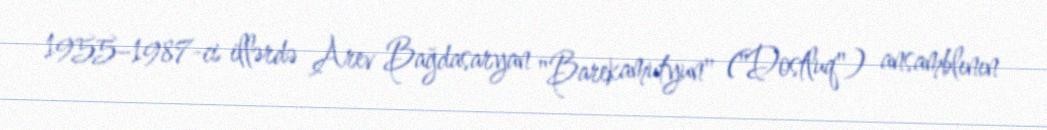
1955–1987-ci illərdə Arev Bağdasaryan "Barekamutyun" ("Dostluq") ansamblının